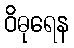
ဝိဓုရေန